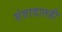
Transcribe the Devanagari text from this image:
संवादातही